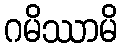
ဂမိဿာမိ